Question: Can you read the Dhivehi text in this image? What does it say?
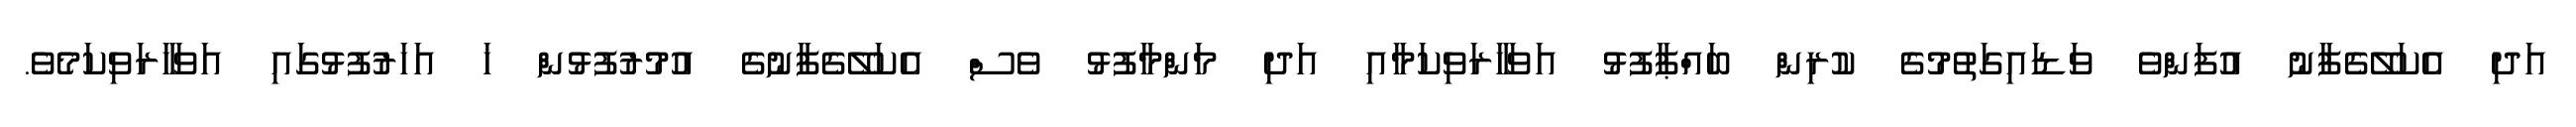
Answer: އަދި އެކަލޭގެފާނު އުފަންވެ ވަޑައިގަތުމުގެ ކުރިން ބައްޕާފުޅު އަވަހާރަވިކަމާއި އަދި މަންމާފުޅު ވެސް އެކަލޭގެފާނުގެ އުމުރުފުޅުން ހަ އަހަރުފުޅުގައި އަވަހާރަވިކަމެވެ.